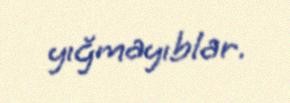
yığmayıblar.